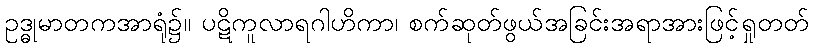
ဥဒ္ဓုမာတကအာရုံ၌။ ပဋိကူလာရဂါဟိကာ၊ စက်ဆုတ်ဖွယ်အခြင်းအရာအားဖြင့်ရှုတတ်